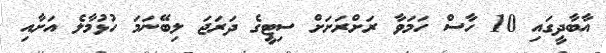
އާބާދީގައި 10 ހާސް ހަމަވާ ރަށްރަށަށް ސިޓީގެ ދަރަޖަ ލިބޭނަމަ ހުޅުމާލެ އަށާއި